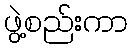
ဖွဲ့စည်းကာ